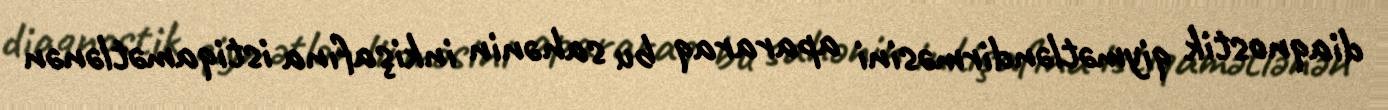
diaqnostik qiymətləndirməsini apararaq bu sahənin inkişafına istiqamətlənən